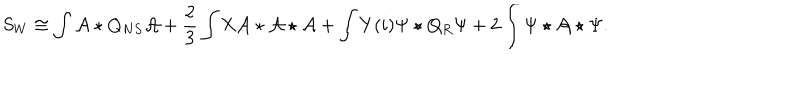
LaTeX: S _ { W } \cong \int \mathcal { A } \star Q _ { N S } \mathcal { A } + \frac 2 3 \int \mathrm { X } \mathcal { A } \star \mathcal { A } \star \mathcal { A } + \int Y ( i ) \Psi \star Q _ { R } \Psi + 2 \int \Psi \star \mathcal { A } \star \Psi .